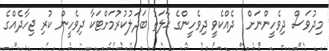
މިދުވަސް ދިވެހީންނަށް  ދެއްކެވީ ދިވެހީންގެ ޙާލަތު ބަދަލުކުރުމަށްޓަކާ ދިވެހީން ކުރި ޖިހާދެއްގެ